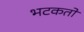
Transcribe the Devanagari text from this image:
भटकतो